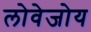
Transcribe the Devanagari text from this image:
लोवेजोय